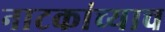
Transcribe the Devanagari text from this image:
नाटकांच्याच